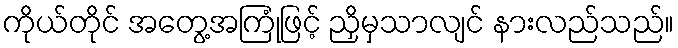
ကိုယ်တိုင် အတွေ့အကြုံဖြင့် ညှိမှသာလျင် နားလည်သည်။